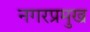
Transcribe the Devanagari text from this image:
नगरप्रमुख